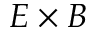
E \times B